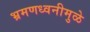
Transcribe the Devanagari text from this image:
भ्रमणध्वनीमुळे